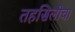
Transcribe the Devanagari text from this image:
तहसिलीचा